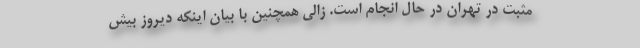
مثبت در تهران در حال انجام است. زالی همچنین با بیان اینکه دیروز بیش